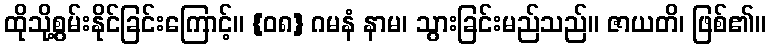
ထိုသို့စွမ်းနိုင်ခြင်းကြောင့်။ {၀၈} ဂမနံ နာမ၊ သွားခြင်းမည်သည်။ ဇာယတိ၊ ဖြစ်၏။